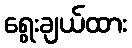
ရွေးချယ်ထား